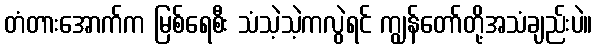
တံတားအောက်က မြစ်ရေစီး သံသဲ့သဲ့ကလွဲရင် ကျွန်တော်တို့အသံချည်းပဲ။